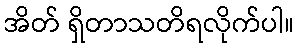
အိတ် ရှိတာသတိရလိုက်ပါ။